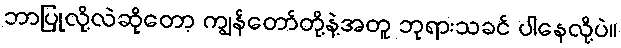
ဘာပြုလို့လဲဆိုတော့ ကျွန်တော်တို့နဲ့အတူ ဘုရားသခင် ပါနေလို့ပဲ။